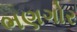
ભણગોર